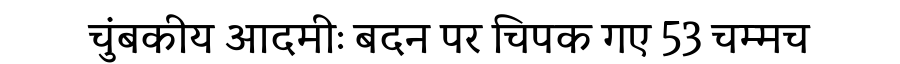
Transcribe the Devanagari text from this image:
चुंबकीय आदमीः बदन पर चिपक गए 53 चम्मच